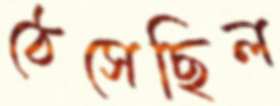
ঠেসেছিল